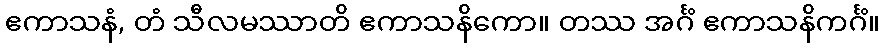
ဧကာသနံ, တံ သီလမဿာတိ ဧကာသနိကော။ တဿ အင်္ဂံ ဧကာသနိကင်္ဂံ။